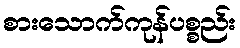
စားသောက်ကုန်ပစ္စည်း